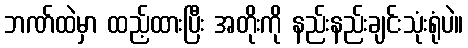
ဘဏ်ထဲမှာ ထည့်ထားပြီး အတိုးကို နည်းနည်းချင်းသုံးရုံပဲ။